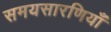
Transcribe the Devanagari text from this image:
समयसारणियाँ